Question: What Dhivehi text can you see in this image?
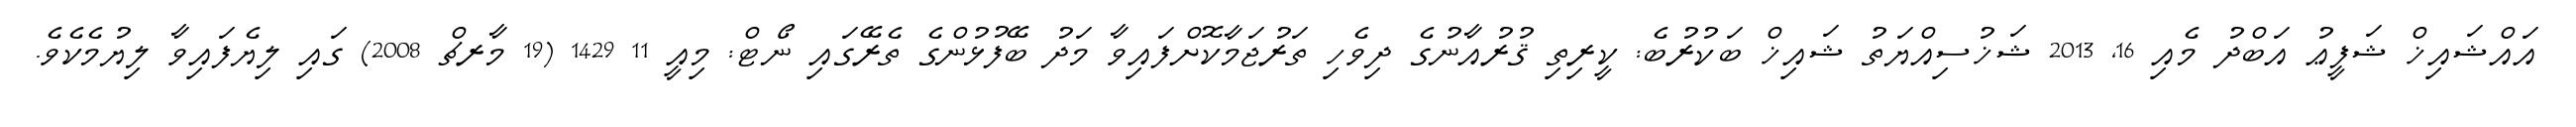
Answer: އައްޝައިޚް ޝަފީޢު އަބްދު މެއި 16, 2013 ޝަޚުސިއްޔަތު ޝައިޚް ބަކުރުބެ: ކީރިތި ޤުރުއާނުގެ ދިވެހި ތަރުޖަމާކޮށްފައިވާ މަދު ބޭފުޅުންގެ ތެރޭގައި ނޯޓް: މިއީ 11 1429 (19 މާރޗް 2008) ގައި ލިޔެފައިވާ ލިޔުމެކެވެ.